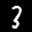
Label: 3